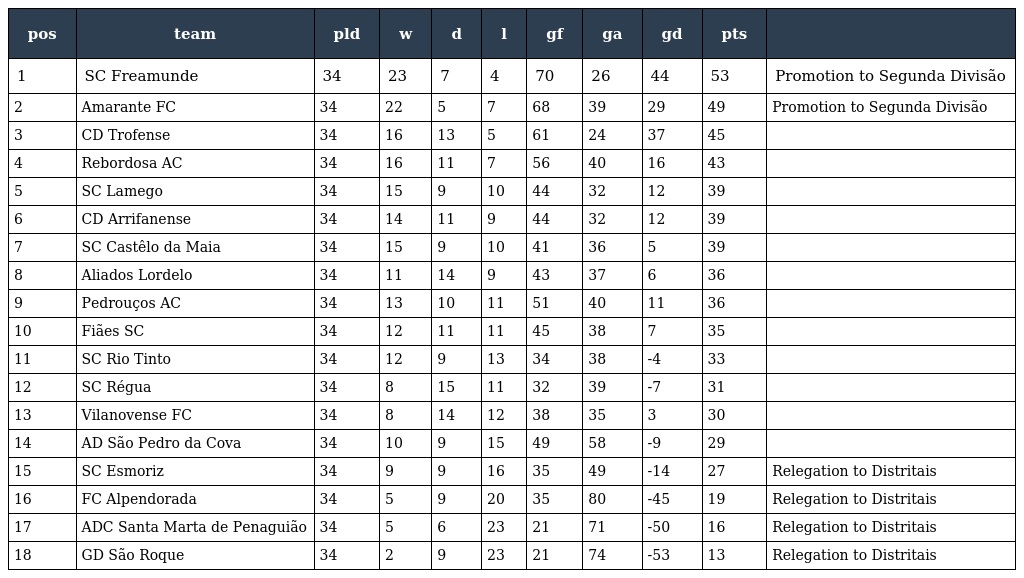
| pos | team | pld | w | d | l | gf | ga | gd | pts |  |
 | --- | --- | --- | --- | --- | --- | --- | --- | --- | --- | --- |
 | 1 | SC Freamunde | 34 | 23 | 7 | 4 | 70 | 26 | 44 | 53 | Promotion to Segunda Divisão |
 | 2 | Amarante FC | 34 | 22 | 5 | 7 | 68 | 39 | 29 | 49 | Promotion to Segunda Divisão |
 | 3 | CD Trofense | 34 | 16 | 13 | 5 | 61 | 24 | 37 | 45 |  |
 | 4 | Rebordosa AC | 34 | 16 | 11 | 7 | 56 | 40 | 16 | 43 |  |
 | 5 | SC Lamego | 34 | 15 | 9 | 10 | 44 | 32 | 12 | 39 |  |
 | 6 | CD Arrifanense | 34 | 14 | 11 | 9 | 44 | 32 | 12 | 39 |  |
 | 7 | SC Castêlo da Maia | 34 | 15 | 9 | 10 | 41 | 36 | 5 | 39 |  |
 | 8 | Aliados Lordelo | 34 | 11 | 14 | 9 | 43 | 37 | 6 | 36 |  |
 | 9 | Pedrouços AC | 34 | 13 | 10 | 11 | 51 | 40 | 11 | 36 |  |
 | 10 | Fiães SC | 34 | 12 | 11 | 11 | 45 | 38 | 7 | 35 |  |
 | 11 | SC Rio Tinto | 34 | 12 | 9 | 13 | 34 | 38 | -4 | 33 |  |
 | 12 | SC Régua | 34 | 8 | 15 | 11 | 32 | 39 | -7 | 31 |  |
 | 13 | Vilanovense FC | 34 | 8 | 14 | 12 | 38 | 35 | 3 | 30 |  |
 | 14 | AD São Pedro da Cova | 34 | 10 | 9 | 15 | 49 | 58 | -9 | 29 |  |
 | 15 | SC Esmoriz | 34 | 9 | 9 | 16 | 35 | 49 | -14 | 27 | Relegation to Distritais |
 | 16 | FC Alpendorada | 34 | 5 | 9 | 20 | 35 | 80 | -45 | 19 | Relegation to Distritais |
 | 17 | ADC Santa Marta de Penaguião | 34 | 5 | 6 | 23 | 21 | 71 | -50 | 16 | Relegation to Distritais |
 | 18 | GD São Roque | 34 | 2 | 9 | 23 | 21 | 74 | -53 | 13 | Relegation to Distritais |